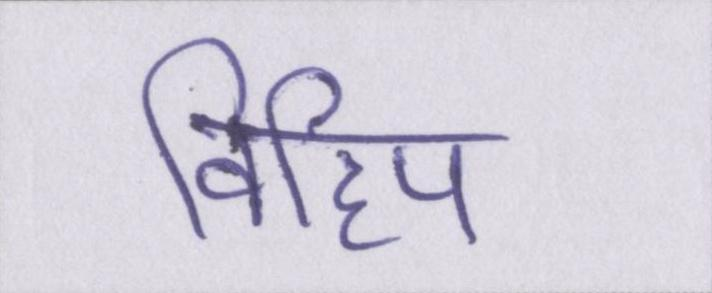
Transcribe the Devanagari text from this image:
विहिप